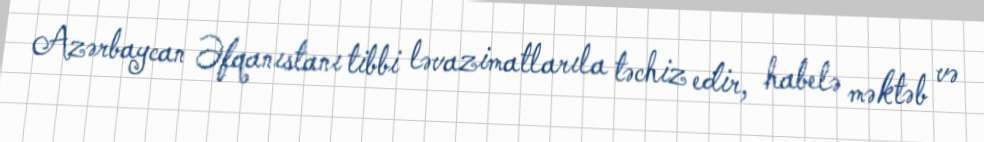
Azərbaycan Əfqanıstanı tibbi ləvazimatlarıla təchiz edir, habelə məktəb və